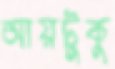
আয়টুকু